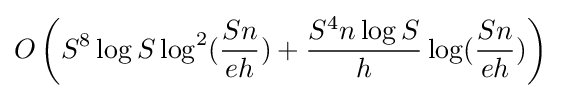
O\left(S^{8}\log {S}\log ^{2}({\frac {Sn}{eh}})+{\frac {S^{4}n\log {S}}{h}}\log({\frac {Sn}{eh}})\right)